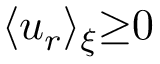
\langle u _ { r } \rangle _ { \xi } { \ge } 0